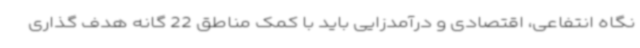
نگاه انتفاعی، اقتصادی و درآمدزایی باید با کمک مناطق 22 گانه هدف گذاری